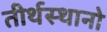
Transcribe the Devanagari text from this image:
तीर्थस्थानो